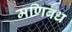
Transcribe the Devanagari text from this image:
मणिबध